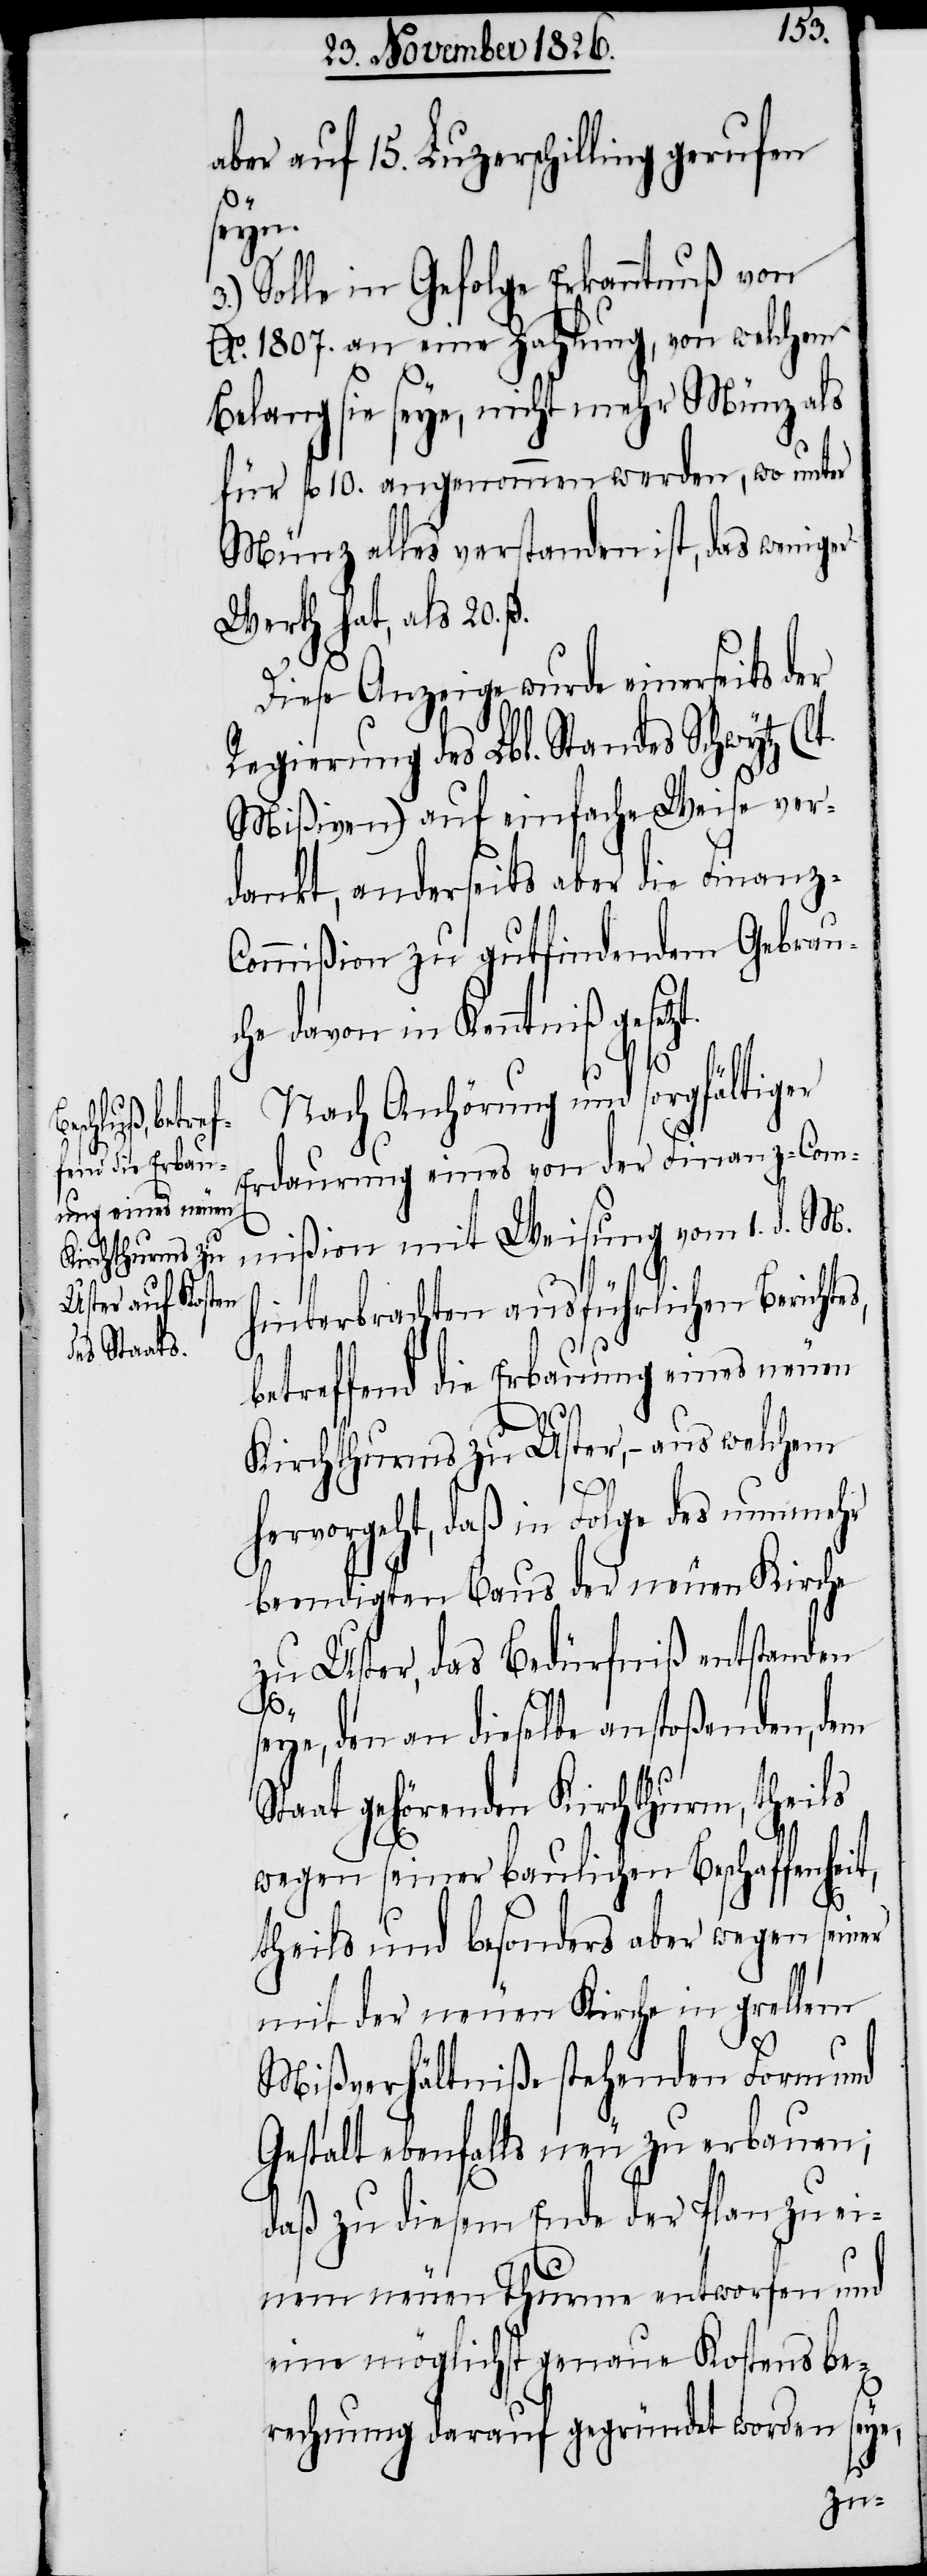
aber auf 15. Luzerschilling gerufen
S¬
seyn.
Solle in Gefolge Erkanntnuß von
Ao. 1807. an eine Zahlung, von welchem
Belang sie seye, nicht mehr Münz als
für fl. 10. angenommen werden, wo unter
Münz alles verstanden ist, das weniger
Werth hat, als 20.
ß.
Diese Anzeige wurde einerseits der
Regierung des Lbl. Standes Schwytz (l¬
Mißiven) auf einfache Weise ver¬
dankt, anderseits aber die Finanz-C¬
ommißion zu gutfindendem Gebrau¬
che davon in Kenntniß gesetz¬
t.
Nach Anhörung und sorgfältiger
Erdaurung eines von der Finanz-Com¬
mißion mit Weisung vom 1. d. M.
hinterbrachten ausführlichen Berichtes,
betreffend die Erbauung eines neuen
Kirchthurms zu Uster, – aus welchem
3.)
hervorgeht, daß in Folge des nunmehr
beendigten Baus der neuen Kirche
zu Uster, das Bedürfniß entstanden
seye, den an dieselbe anstoßenden, dem
taat gehörenden Kirchthurm, theils
wegen seiner baulichen Beschaffenheit,
theils und besonders aber wegen seiner
mit der neuen Kirche in grellem
Mißverhältniße stehenden Form und
Gestalt ebenfalls neu zu erbauen;
daß zu diesem Ende der Plan zu ei¬
nem neuen Thurme entworfen und
eine möglichst genaue Kostensbe¬
rechnung darauf gegründet worden seye,